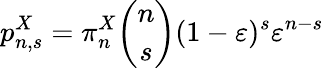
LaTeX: p_{n,s}^{X}=\pi_{n}^{X}\binom{n}{s}(1-\varepsilon)^{s}\varepsilon^{n-s}